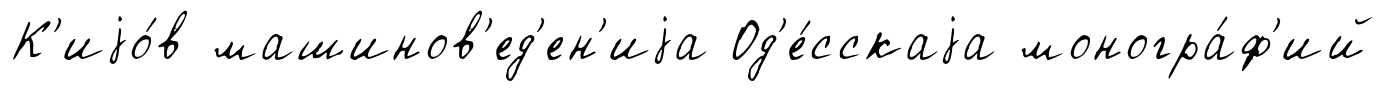
К'иjо́в машинов'ед'ен'иjа Од'е́сскаjа моногра́ф'ий